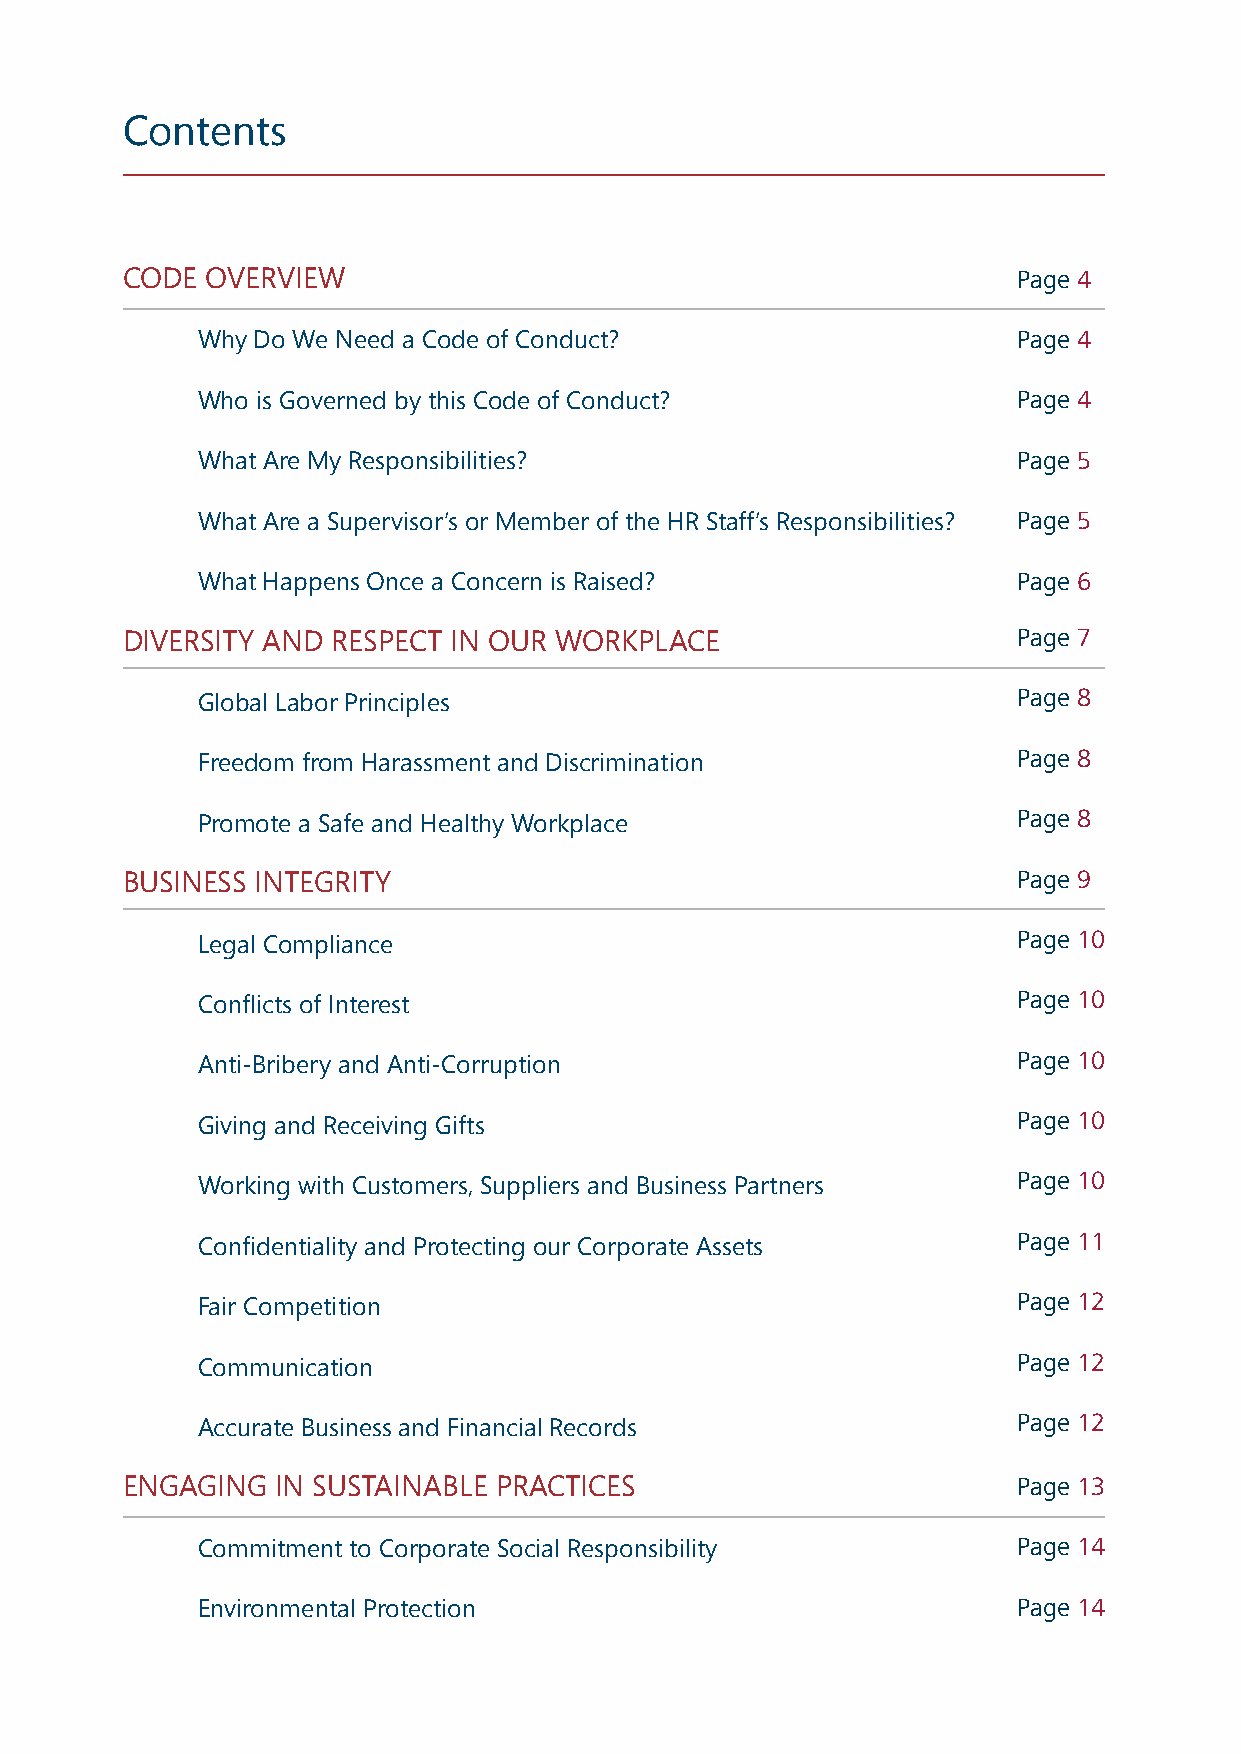
Contents
 CODE  OVERVIEW                                             Page 4
 Why Do We Need a Code of Conduct?                     Page 4
 Who is Governed by this Code of Conduct?              Page 4
 What Are My Responsibilities?                         Page 5
 What Are a Supervisor’s or Member of the HR Staff’s Responsibilities? Page 5
 What Happens Once a Concern is Raised?                Page 6
 DIVERSITY AND RESPECT IN OUR WORKPLACE                     Page 7
 Global Labor Principles
 Page 8
 Page 8
 Freedom from Harassment and Discrimination
 Promote a Safe and Healthy Workplace
 Page 8
 BUSINESS INTEGRITY                                         Page 9
 Legal Compliance
 Page 10
 Conflicts of Interest
 Page 10
 Anti-Bribery and Anti-Corruption
 Page 10
 Giving and Receiving Gifts
 Page 10
 Working with Customers, Suppliers and Business Partners
 Page 10
 Confidentiality and Protecting our Corporate Assets
 Page 11
 Fair Competition
 Page 12
 Communication
 Page 12
 Accurate Business and Financial Records
 Page 12
 ENGAGING  IN SUSTAINABLE PRACTICES                         Page 13
 Commitment to Corporate Social Responsibility         Page 14
 Environmental Protection                              Page 14